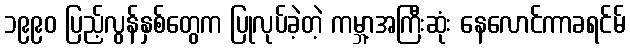
၁၉၉၀ ပြည့်လွန်နှစ်တွေက ပြုလုပ်ခဲ့တဲ့ ကမ္ဘာ့အကြီးဆုံး နေလောင်ကာခရင်မ်